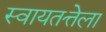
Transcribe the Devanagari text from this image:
स्वायतत्तेला